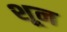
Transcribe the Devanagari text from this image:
शून